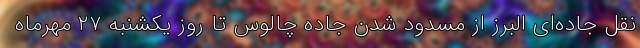
نقل جاده‌ای البرز از مسدود شدن جاده چالوس تا روز یکشنبه ۲۷ مهرماه